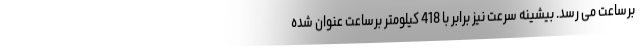
برساعت می رسد. بیشینه سرعت نیز برابر با 418 کیلومتر برساعت عنوان شده